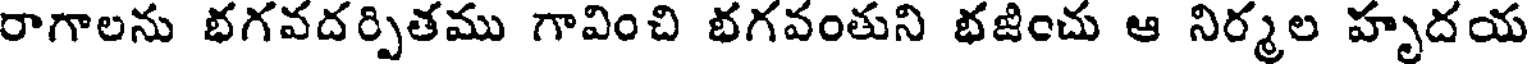
రాగాలను భగవదర్పితము గావించి భగవంతుని భజించు ఆ నిర్మల హృదయ